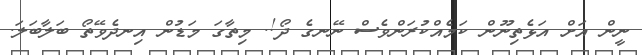
ނީން އަށް އަޅެތިނޫން ކަމެއްކުރަންވެސް ނޭނގެ ދޯ!. މިތާގަ މަޑުން އިނދެވޭތޯ ބަލާބަލަ.